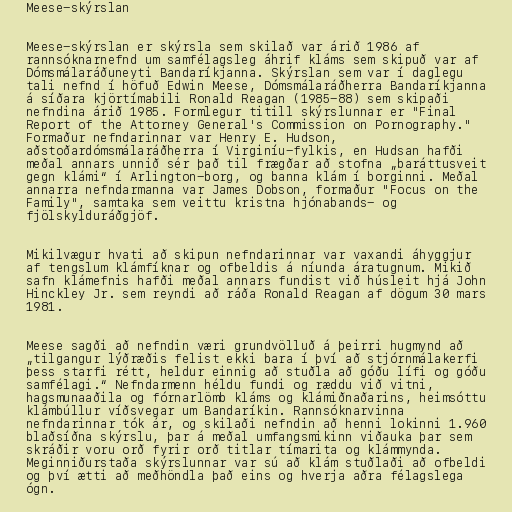
Meese-skýrslan

Meese-skýrslan er skýrsla sem skilað var árið 1986 af
rannsóknarnefnd um samfélagsleg áhrif kláms sem skipuð var af
Dómsmálaráðuneyti Bandaríkjanna. Skýrslan sem var í daglegu
tali nefnd í höfuð Edwin Meese, Dómsmálaráðherra Bandaríkjanna
á síðara kjörtímabili Ronald Reagan (1985-88) sem skipaði
nefndina árið 1985. Formlegur titill skýrslunnar er "Final
Report of the Attorney General's Commission on Pornography."
Formaður nefndarinnar var Henry E. Hudson,
aðstoðardómsmálaráðherra í Virginíu-fylkis, en Hudsan hafði
meðal annars unnið sér það til frægðar að stofna „baráttusveit
gegn klámi“ í Arlington-borg, og banna klám í borginni. Meðal
annarra nefndarmanna var James Dobson, formaður "Focus on the
Family", samtaka sem veittu kristna hjónabands- og
fjölskylduráðgjöf.

Mikilvægur hvati að skipun nefndarinnar var vaxandi áhyggjur
af tengslum klámfíknar og ofbeldis á níunda áratugnum. Mikið
safn klámefnis hafði meðal annars fundist við húsleit hjá John
Hinckley Jr. sem reyndi að ráða Ronald Reagan af dögum 30 mars
1981.

Meese sagði að nefndin væri grundvölluð á þeirri hugmynd að
„tilgangur lýðræðis felist ekki bara í því að stjórnmálakerfi
þess starfi rétt, heldur einnig að stuðla að góðu lífi og góðu
samfélagi.“ Nefndarmenn héldu fundi og ræddu við vitni,
hagsmunaaðila og fórnarlömb kláms og klámiðnaðarins, heimsóttu
klámbúllur víðsvegar um Bandaríkin. Rannsóknarvinna
nefndarinnar tók ár, og skilaði nefndin að henni lokinni 1.960
blaðsíðna skýrslu, þar á meðal umfangsmikinn viðauka þar sem
skráðir voru orð fyrir orð titlar tímarita og klámmynda.
Meginniðurstaða skýrslunnar var sú að klám stuðlaði að ofbeldi
og því ætti að meðhöndla það eins og hverja aðra félagslega
ógn.